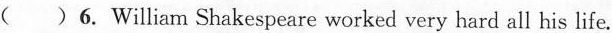
( )6. William Shakespeare worked very hard all his life.